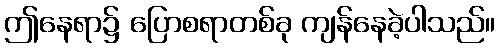
ဤနေရာ၌ ပြောစရာတစ်ခု ကျန်နေခဲ့ပါသည်။